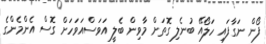
ފޯން ނަގާފައި ހަލޯއޭ ބުނެލި ގޮތަށް މާވިން ބެލީ އަވަސްއަވަހަށް ގޮސް އެންމެންގެ